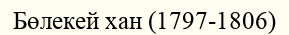
Бөлекей хан (1797-1806)